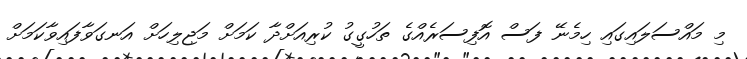
މި މައްސަލައިގައި ހިމެނޭ ފަސް އޮފިސަރެއްގެ ތަހުގީގު ކުރިއަށްދާ ކަމަށް މަޖިލިހަށް އަނގަވާފައިވާކަމަށް